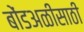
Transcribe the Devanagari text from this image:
बोंडअळीसाठी